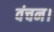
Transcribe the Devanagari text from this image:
वंचन।